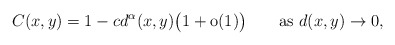
\begin{align*} C(x,y)= 1-c d^\alpha(x,y) \bigl(1+\mathrm{o}(1)\bigr)\qquad\mbox{as } d (x,y)\to0,\end{align*}